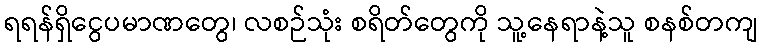
ရရန်ရှိငွေပမာဏတွေ၊ လစဉ်သုံး စရိတ်တွေကို သူ့နေရာနဲ့သူ စနစ်တကျ